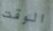
الوقت